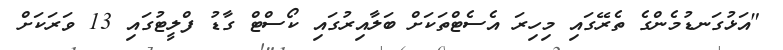
"އަޅުގަނޑުމެންގެ ތެރޭގައި މިހިރަ އެސެޓްތަކަށް ބަލާއިރުގައި ކޯސްޓް ގާޑު ފްލީޓުގައި 13 ވަރަކަށް